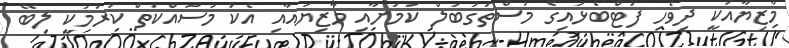
މާޒިޔާއަކީ ދިވެހި ފުޓްބޯޅައިގެ މުސްތަގުބަލް ކަމަށާއި މާޒިޔައާއި އެކު މަސައްކަތް ކުރުމަކީ ލިބޭ